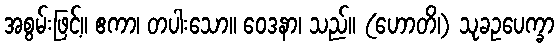
အစွမ်းဖြင့်။ ဧကာ၊ တပါးသော။ ဝေဒနာ၊ သည်။ (ဟောတိ၊) သုခဥပေက္ခာ